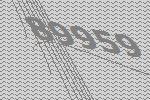
89959